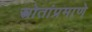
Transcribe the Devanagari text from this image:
स्त्रोतांप्रमाणे